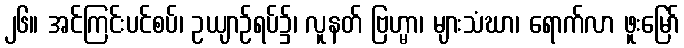
၂၆။ အင်ကြင်းပင်စပ်၊ ဥယျာဉ်ရပ်၌၊ လူနတ် ဗြဟ္မာ၊ များသံဃာ၊ ရောက်လာ ဖူးမြော်